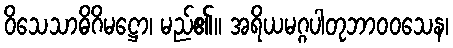
ဝိသေသာဓိဂိမဋ္ဌော၊ မည်၏။ အရိယမဂ္ဂပါတုဘာဝဝသေန၊